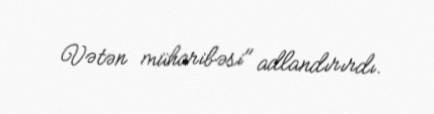
Vətən müharibəsi" adlandırırdı.